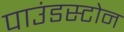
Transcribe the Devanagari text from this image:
पाउंडस्टोन